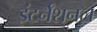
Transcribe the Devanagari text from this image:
इंटर्नॅशनल